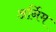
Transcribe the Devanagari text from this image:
अर्निम